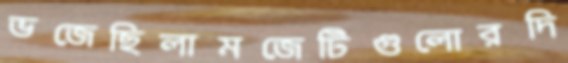
ভজেছিলামজেটিগুলোরদি